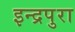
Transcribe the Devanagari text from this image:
इन्द्रपुरा